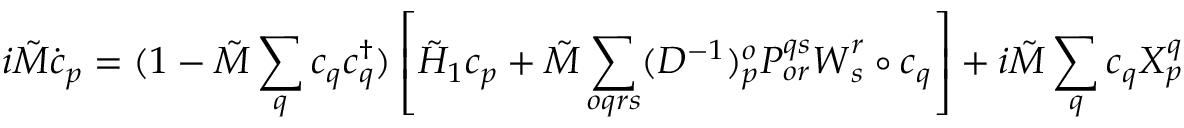
i \tilde { M } \dot { \boldsymbol { c } } _ { p } = ( 1 - \tilde { M } \sum _ { q } \boldsymbol { c } _ { q } \boldsymbol { c } _ { q } ^ { \dagger } ) \left[ \tilde { H } _ { 1 } \boldsymbol { c } _ { p } + \tilde { M } \sum _ { o q r s } ( D ^ { - 1 } ) _ { p } ^ { o } P _ { o r } ^ { q s } \boldsymbol { W } _ { s } ^ { r } \circ \boldsymbol { c } _ { q } \right] + i \tilde { M } \sum _ { q } \boldsymbol { c } _ { q } X _ { p } ^ { q }